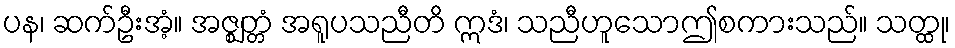
ပန၊ ဆက်ဦးအံ့။ အဇ္ဈတ္တံ အရူပသညီတိ ဣဒံ၊ သညီဟူသောဤစကားသည်။ သတ္ထု၊